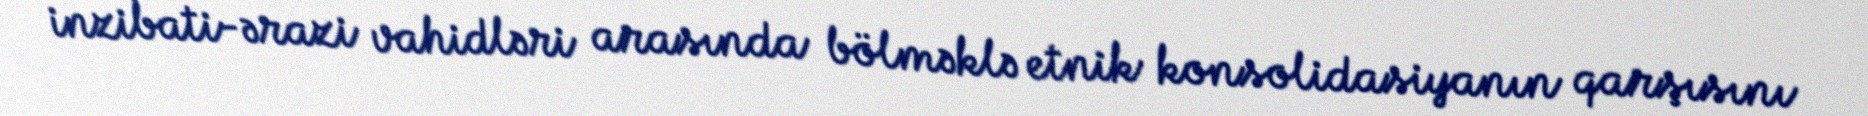
inzibati-ərazi vahidləri arasında bölməklə etnik konsolidasiyanın qarşısını